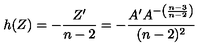
h ( Z ) = - \frac { Z ^ { \prime } } { n - 2 } = - \frac { A ^ { \prime } A ^ { - \left( \frac { n - 3 } { n - 2 } \right) } } { ( n - 2 ) ^ { 2 } }